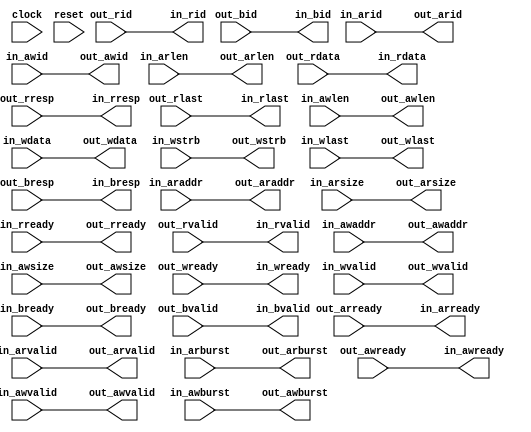
module axi4_delayer(
  input         clock,
  input         reset,

  output        in_arready,
  input         in_arvalid,
  input  [3:0]  in_arid,
  input  [31:0] in_araddr,
  input  [7:0]  in_arlen,
  input  [2:0]  in_arsize,
  input  [1:0]  in_arburst,
  input         in_rready,
  output        in_rvalid,
  output [3:0]  in_rid,
  output [63:0] in_rdata,
  output [1:0]  in_rresp,
  output        in_rlast,
  output        in_awready,
  input         in_awvalid,
  input  [3:0]  in_awid,
  input  [31:0] in_awaddr,
  input  [7:0]  in_awlen,
  input  [2:0]  in_awsize,
  input  [1:0]  in_awburst,
  output        in_wready,
  input         in_wvalid,
  input  [63:0] in_wdata,
  input  [7:0]  in_wstrb,
  input         in_wlast,
                in_bready,
  output        in_bvalid,
  output [3:0]  in_bid,
  output [1:0]  in_bresp,

  input         out_arready,
  output        out_arvalid,
  output [3:0]  out_arid,
  output [31:0] out_araddr,
  output [7:0]  out_arlen,
  output [2:0]  out_arsize,
  output [1:0]  out_arburst,
  output        out_rready,
  input         out_rvalid,
  input  [3:0]  out_rid,
  input  [63:0] out_rdata,
  input  [1:0]  out_rresp,
  input         out_rlast,
  input         out_awready,
  output        out_awvalid,
  output [3:0]  out_awid,
  output [31:0] out_awaddr,
  output [7:0]  out_awlen,
  output [2:0]  out_awsize,
  output [1:0]  out_awburst,
  input         out_wready,
  output        out_wvalid,
  output [63:0] out_wdata,
  output [7:0]  out_wstrb,
  output        out_wlast,
                out_bready,
  input         out_bvalid,
  input  [3:0]  out_bid,
  input  [1:0]  out_bresp
);

  assign in_arready = out_arready;
  assign out_arvalid = in_arvalid;
  assign out_arid = in_arid;
  assign out_araddr = in_araddr;
  assign out_arlen = in_arlen;
  assign out_arsize = in_arsize;
  assign out_arburst = in_arburst;
  assign out_rready = in_rready;
  assign in_rvalid = out_rvalid;
  assign in_rid = out_rid;
  assign in_rdata = out_rdata;
  assign in_rresp = out_rresp;
  assign in_rlast = out_rlast;
  assign in_awready = out_awready;
  assign out_awvalid = in_awvalid;
  assign out_awid = in_awid;
  assign out_awaddr = in_awaddr;
  assign out_awlen = in_awlen;
  assign out_awsize = in_awsize;
  assign out_awburst = in_awburst;
  assign in_wready = out_wready;
  assign out_wvalid = in_wvalid;
  assign out_wdata = in_wdata;
  assign out_wstrb = in_wstrb;
  assign out_wlast = in_wlast;
  assign out_bready = in_bready;
  assign in_bvalid = out_bvalid;
  assign in_bid = out_bid;
  assign in_bresp = out_bresp;

endmodule